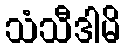
သံသီဒါမိ